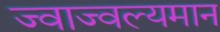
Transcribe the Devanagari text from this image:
ज्वाज्वल्यमान